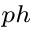
_ { p h }